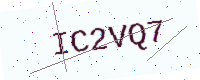
Text: IC2VQ7